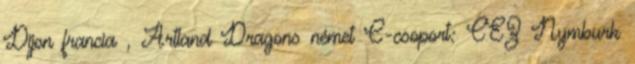
Dijon francia , Artland Dragons német C-csoport: CEZ Nymburk